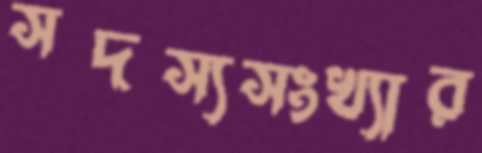
সদস্যসংখ্যার